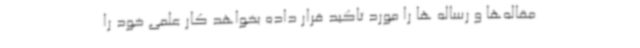
مقاله‌ها و رساله ها را مورد تاکید قرار داده بخواهد کار علمی خود را